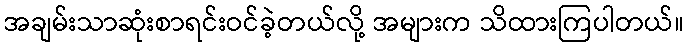
အချမ်းသာဆုံးစာရင်းဝင်ခဲ့တယ်လို့ အများက သိထားကြပါတယ်။